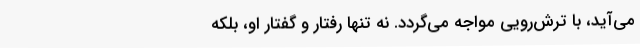
می‌آید، با تُرُش‌رویی مواجه می‌گردد. نه تنها رفتار و گفتار او، بلکه